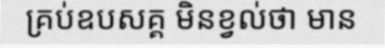
គ្រប់ឧបសគ្គ មិនខ្វល់ថា មាន